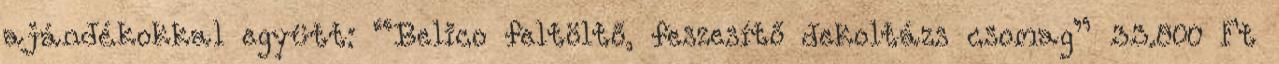
ajándékokkal együtt: “Belico feltöltő, feszesítő dekoltázs csomag” 33.800 Ft